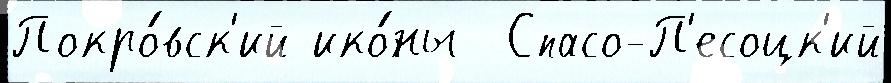
Покро́вск'ий ико́ны  Спасо-П'есоцк'ий